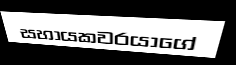
සහායකවරයාගේ